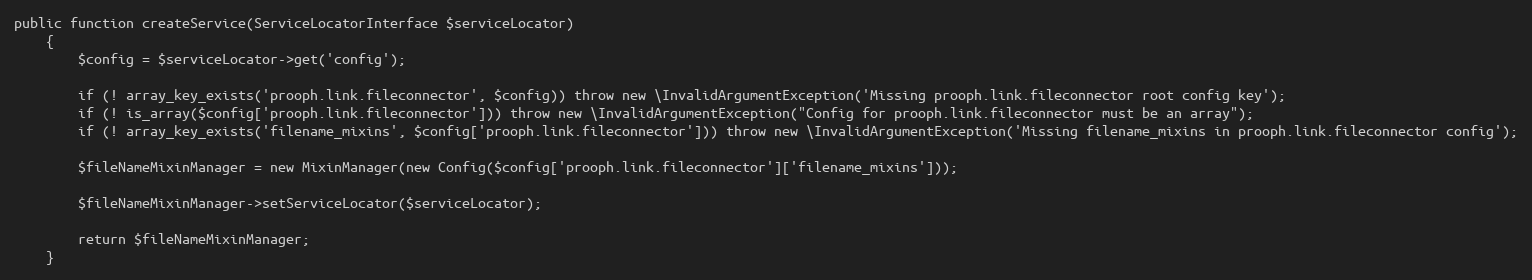
Language: PHP
public function createService(ServiceLocatorInterface $serviceLocator)
    {
        $config = $serviceLocator->get('config');

        if (! array_key_exists('prooph.link.fileconnector', $config)) throw new \InvalidArgumentException('Missing prooph.link.fileconnector root config key');
        if (! is_array($config['prooph.link.fileconnector'])) throw new \InvalidArgumentException("Config for prooph.link.fileconnector must be an array");
        if (! array_key_exists('filename_mixins', $config['prooph.link.fileconnector'])) throw new \InvalidArgumentException('Missing filename_mixins in prooph.link.fileconnector config');

        $fileNameMixinManager = new MixinManager(new Config($config['prooph.link.fileconnector']['filename_mixins']));

        $fileNameMixinManager->setServiceLocator($serviceLocator);

        return $fileNameMixinManager;
    }